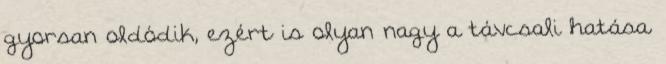
gyorsan oldódik, ezért is olyan nagy a távcsali hatása.